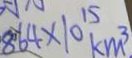
8 6 4 \times 1 0 ^ { 1 5 } k m ^ { 3 }